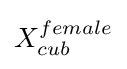
X_{cub}^{female}